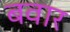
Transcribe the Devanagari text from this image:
बवार